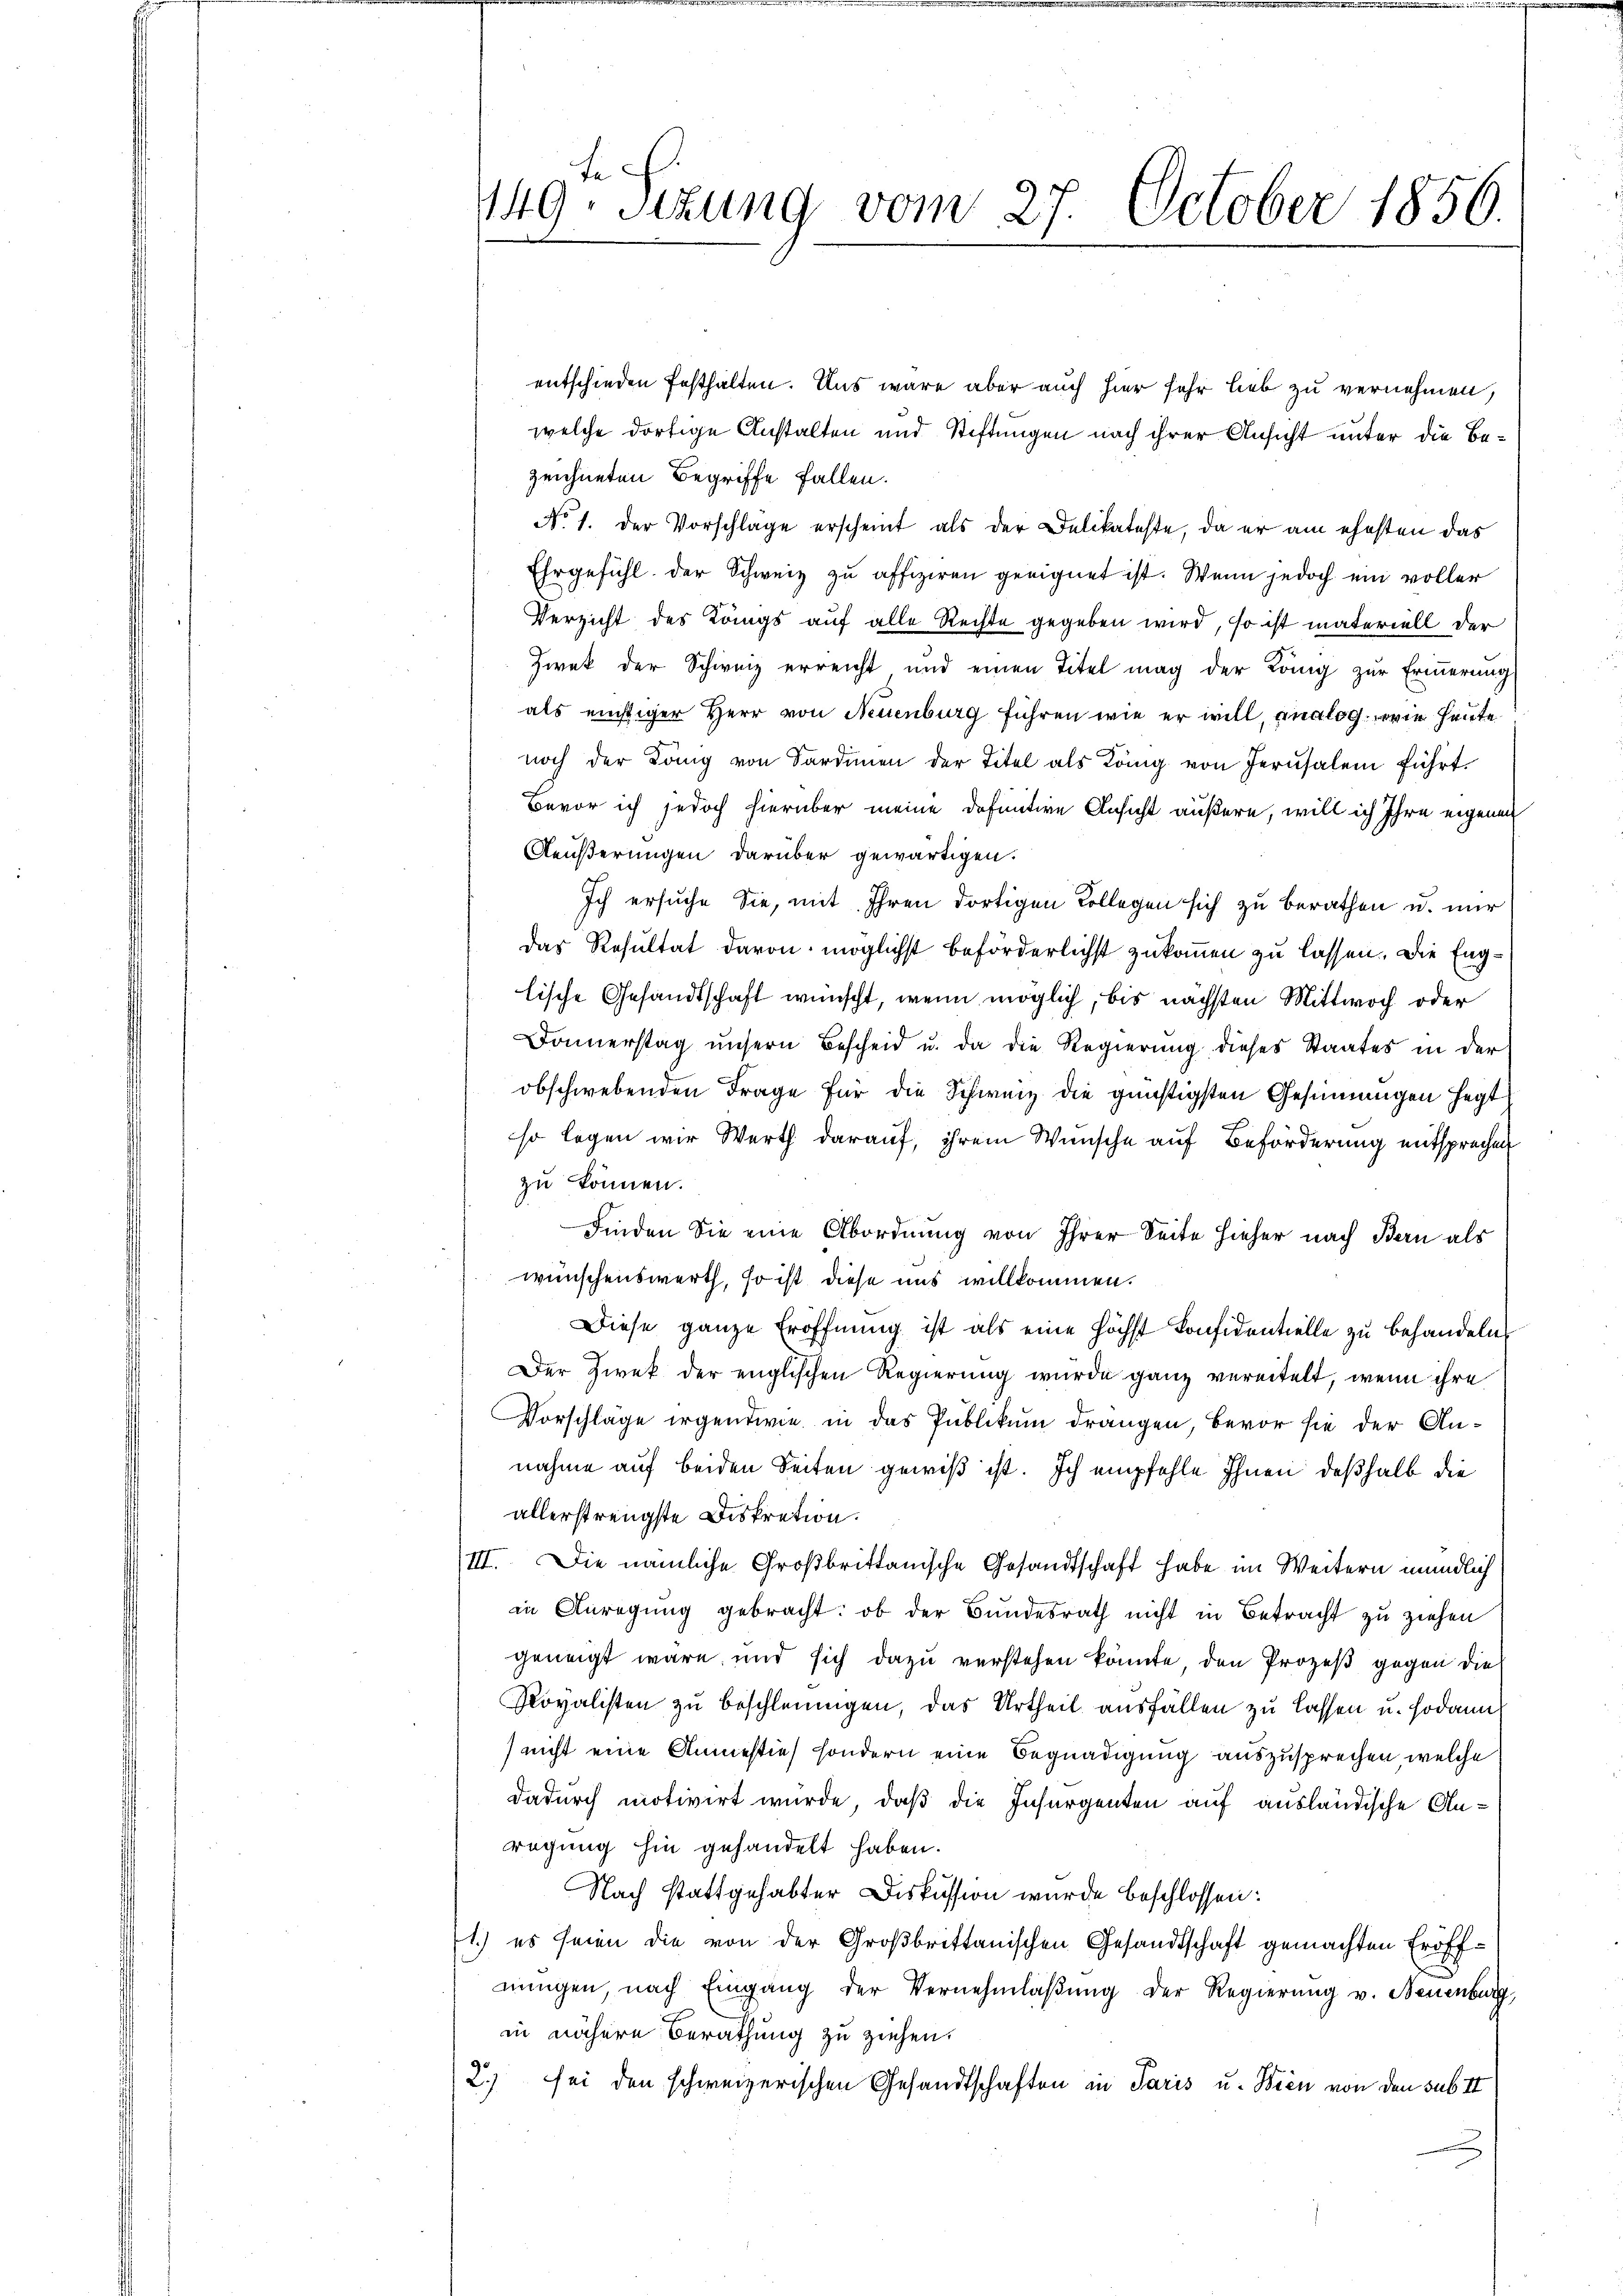
entschieden festhalten. Uns wäre aber auch hier sehr lieb zu vernehmen,
welche dortige Anstalten und Stiftungen nach ihrer Ansicht unter die Bezeichneten Begriffe fallen.
No 1. der Vorschlage erscheint als der Delikateste, da er am ehesten das
Ehrgefühl der Schweiz zu affiziren geeignet ist. Wenn jedoch ein voller
Verzicht des Längs auf alle Rechte gegeben wird, so ist materiell der
Zwek der Schweiz erreicht und einen Titel mag der Lang zŭr Erinnerung
als eichtiger Herr von Neuenburg führen wie er will, analog, wie heute
noch der König von Sardinien der Titel als König von Jerusalem führt.
Bevor ich jedoch hierüber meine definitive Ansicht äußern, will ich Ihre eigenen
Äeußerungen darüber gewärtigen.
Ich ersuche Sie, mit Ihren dortigen Collegen sich zu berathen u. nur
das Resultat davon möglichst beförderlichst zukommen zu lassen. Die Englische Gesandtschaft wünscht, wenn möglich, bis nächsten Mittwoch oder
Donnerstag unsern Bescheid u. da die Regierung dieses Staates in der
obschwebenden Frage für die Schweiz die günstigsten Gesinnungen hegt
so legen wir Werth darauf, ihrem Wunsche auf Beförderung entsprechen
zu können.
Finden Sie eine Abordnung von Ihrer Seite hieher nach Bern als
wünschenswerth, so ist diese uns willkommen.
Diese ganze Eröffnung ist als eine höchst Confidentielle zu behandelns
Der Zwek der englischen Regierung wurde ganz vereitelt, wenn ihre
Vorschläge irgendwie in das Publikum drangen, bevor sie der Annahme auf beiden Seiten gewiß ist. Ich empfehle Ihnen deßhalb die
allerstrengste Diskretion.
III. Die nämliche Großbrittanische Gesandtschaft habe im Weitern mündlich
in Anregung gebracht: ob der Bundesrath nicht in Betracht zu ziehen
geneigt wäre, und sich dazu verstehen könnte, den Prozeß gegen die
Rovalisten zu beschleunigen, das Urtheil ausfällen zu lassen u. sodann
(nicht eine Anmestie, sondern eine Begnadigung auszusprechen, welche
dadurch motivirt wurde, daß die Insurgenten auf ausländische Anragung hin gehandelt haben.
Nach stattgehabter Diskussion wurde beschlossen:
1.) es seien die von der Großbrittanischen Gesandtschaft gemachten Eröffnungen, nach Eingang der Vernehmlaßung der Regierung v. Neuenburg,
in nähere Berathung zu ziehen.
2) sei den schweizerischen Gesandtschaften in Paris u. Wien von den sub II

te
1149. Sitzung vom 27. October 1856.